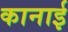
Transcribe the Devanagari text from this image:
कानाई